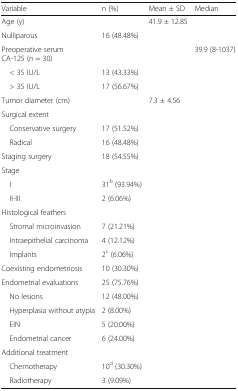
| Variable | n (%) | Mean ± SD | Median |
 | --- | --- | --- | --- |
 | Age (y) |  | 41.9 ± 12.85 |  |
 | Nulliparous | 16 (48.48%) |  |  |
 | Preoperative serum CA-125 (n = 30) |  |  | 39.9 (8-1037) |
 | < 35 IU/L | 13 (43.33%) |  |  |
 | > 35 IU/L | 17 (56.67%) |  |  |
 | Tumor diameter (cm) |  | 7.3 ± 4.56 |  |
 | <COLSPAN=4> Surgical extent |
 | Conservative surgery | 17 (51.52%) |  |  |
 | Radical | 16 (48.48%) |  |  |
 | Staging surgery | 18 (54.55%) |  |  |
 | <COLSPAN=4> Stage |
 | I | 31b (93.94%) |  |  |
 | II-III | 2 (6.06%) |  |  |
 | <COLSPAN=4> Histological feathers |
 | Stromal microinvasion | 7 (21.21%) |  |  |
 | Intraepithelial carcinoma | 4 (12.12%) |  |  |
 | Implants | 2c (6.06%) |  |  |
 | Coexisting endometriosis | 10 (30.30%) |  |  |
 | Endometrial evaluations | 25 (75.76%) |  |  |
 | No lesions | 12 (48.00%) |  |  |
 | Hyperplasia without atypia | 2 (8.00%) |  |  |
 | EIN | 5 (20.00%) |  |  |
 | Endometrial cancer | 6 (24.00%) |  |  |
 | <COLSPAN=4> Additional treatment |
 | Chemotherapy | 10d (30.30%) |  |  |
 | Radiotherapy | 3 (9.09%) |  |  |